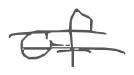
Text: of
Cross-out: double-line
Writing tool: digital_gray